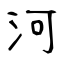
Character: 河